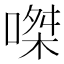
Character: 𠹳